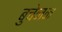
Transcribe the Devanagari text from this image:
बुचेनन